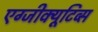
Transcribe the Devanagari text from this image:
एग्जीक्यूटिव्स